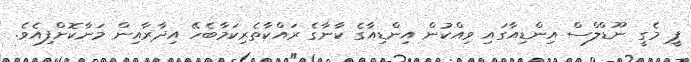
ޕީ މެގީ ނޫޑްލްސް އިންޑިއާގައި ވިއްކުން އިންޑިއާގެ ކާނާގެ ރައްކާތެރިކަމާބެހޭ އިދާރާއިން މަނާކޮށްފިއެވެ.